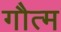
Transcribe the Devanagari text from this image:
गौत्म